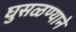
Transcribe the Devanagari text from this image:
घुसळण्याने